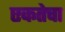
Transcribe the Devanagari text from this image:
एकतेचा